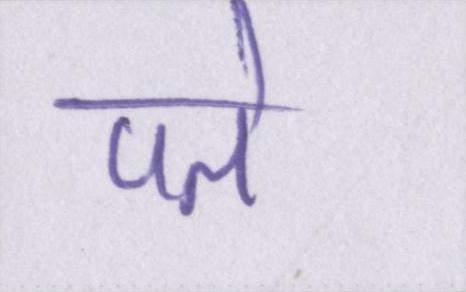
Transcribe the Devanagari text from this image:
पते